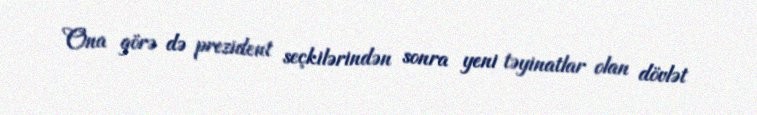
Ona görə də prezident seçkilərindən sonra yeni təyinatlar olan dövlət